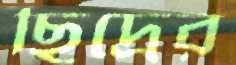
ছিদ্রের